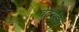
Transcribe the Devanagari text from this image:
वेदरहित